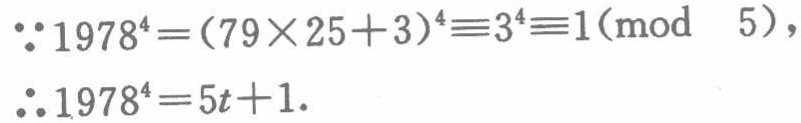
\(\because 1978^{4}=(79\times 25 + 3)^{4}\equiv3^{4}\equiv1(\text{mod }5)\)，

\(\therefore 1978^{4}=5t + 1\).